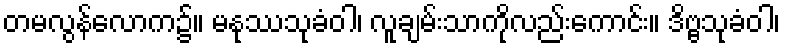
တမလွန်လောက၌။ မနုဿသုခံဝါ၊ လူချမ်းသာကိုလည်းကောင်း။ ဒိဗ္ဗသုခံဝါ၊